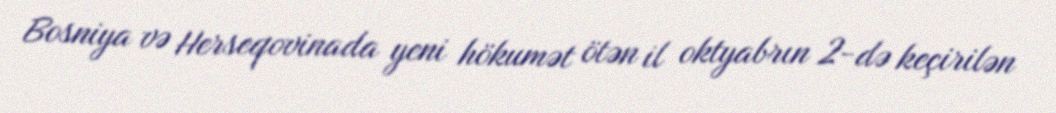
Bosniya və Herseqovinada yeni hökumət ötən il oktyabrın 2-də keçirilən